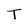
Character: T